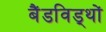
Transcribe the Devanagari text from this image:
बैंडविड्थों